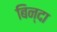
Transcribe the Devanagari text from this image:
बिन्दा